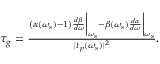
\begin{array} { r } { \tau _ { g } = \frac { { \left( \alpha ( \omega _ { s } ) - 1 \right) } { \frac { d \beta } { d \omega } } \bigg | _ { \omega _ { s } } - { \beta ( \omega _ { s } ) } { \frac { d \alpha } { d \omega } } \bigg | _ { \omega _ { s } } } { | t _ { p } ( \omega _ { s } ) | ^ { 2 } } . } \end{array}